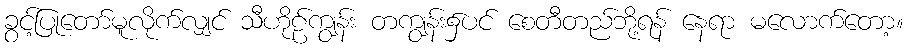
ခွင့်ပြုတော်မူလိုက်လျှင် သီဟိုဠ်ကျွန်း တကျွန်း၌ပင် စေတီတည်ဘို့ရန် နေရာ မလောက်တော့။